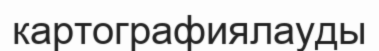
картографиялауды